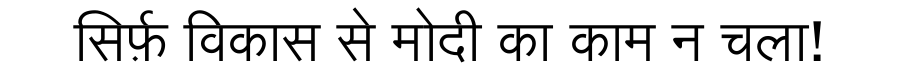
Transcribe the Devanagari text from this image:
सिर्फ़ विकास से मोदी का काम न चला!